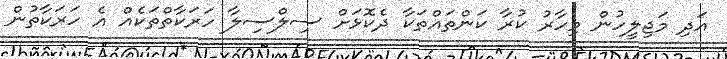
އަދި މަޖިލީހުން މިހާރު ކުރާ ކަންތައްތަކާ ދެކޮޅަށް ސިލްސިލާ ހަރަކާތްތަކެއް އެ ހަރަކާތުން